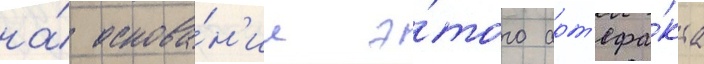
на́ основа́н'ии э́того арт'ефа́кта